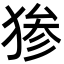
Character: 𬌷